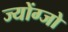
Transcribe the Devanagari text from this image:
ज्योंग्जो